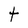
Character: t